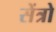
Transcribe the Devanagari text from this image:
सेंत्रो